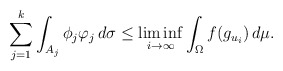
\begin{align*}\sum_{j=1}^k\int_{A_j}\phi_j\varphi_j\,d\sigma \le \liminf_{i\to\infty}\int_{\Omega} f(g_{u_i})\,d\mu.\end{align*}